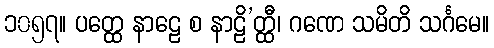
၁၀၅၇။ ပတ္ထေ နာဠေ စ နာဠိ’တ္ထီ၊ ဂဏေ သမိတိ သင်္ဂမေ။